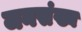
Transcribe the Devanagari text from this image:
जनसंख्य